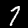
Label: 7